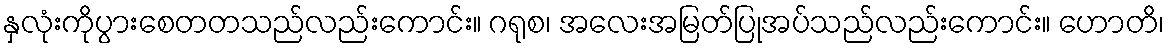
နှလုံးကိုပွားစေတတသည်လည်းကောင်း။ ဂရုစ၊ အလေးအမြတ်ပြုအပ်သည်လည်းကောင်း။ ဟောတိ၊